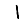
Digit: 1